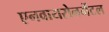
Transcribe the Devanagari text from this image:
एनवायरोनमेंटल